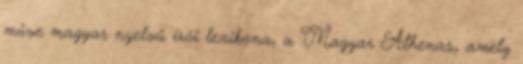
műve magyar nyelvű írói lexikona, a Magyar Athenas, amely